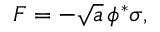
{ \cal F } = - \sqrt { a } \, \phi ^ { * } \sigma ,